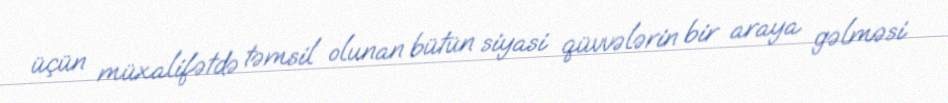
üçün müxalifətdə təmsil olunan bütün siyasi qüvvələrin bir araya gəlməsi